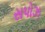
સપોઝ